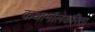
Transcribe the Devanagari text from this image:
कथामालेकरिता